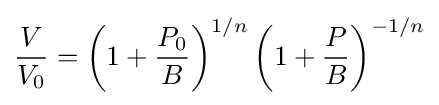
{\frac {V}{V_{0}}}=\left(1+{\frac {P_{0}}{B}}\right)^{1/n}\left(1+{\frac {P}{B}}\right)^{-1/n}